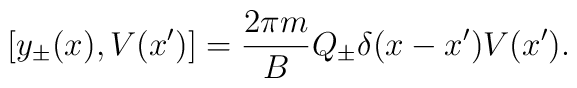
[y_{\pm}(x), V(x')] = {2 \pi m \over B} Q_{\pm} \delta(x-x') V(x').